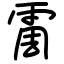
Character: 霌